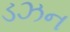
ડઝન